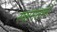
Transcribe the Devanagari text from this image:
स्वागताचे